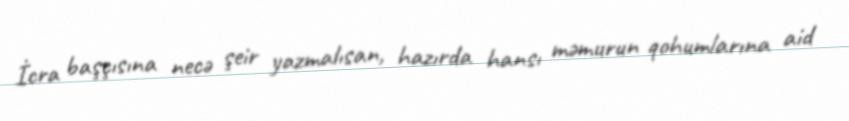
İcra başçısına necə şeir yazmalısan, hazırda hansı məmurun qohumlarına aid